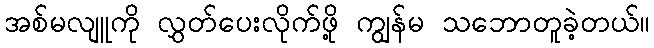
အစ်မလျူကို လွှတ်ပေးလိုက်ဖို့ ကျွန်မ သဘောတူခဲ့တယ်။